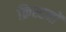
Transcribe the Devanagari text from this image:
क्रिस्टनों